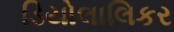
ડિયોલાલિકર